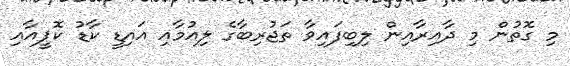
މި ގޮތުން މި ދާއިރާއިން ލިބިފައިވާ ތަޖުރިބާގެ ލިއުމާއި އައިޑީ ކާޑު ކޮޕީއާއި